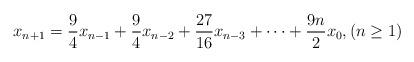
LaTeX: \begin{align*}x_{n+1}= \frac{9}{4}x_{n-1}+\frac{9}{4}x_{n-2}+\frac{27}{16}x_{n-3}+\cdots+\frac{9n}{2}x_0, (n\geq 1)\end{align*}